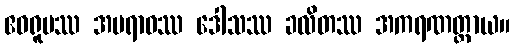
ဧဝရူပဿ အပရာဓဿ ဒေါသဿ ခလိတဿ အကရဏတ္ထာယ။